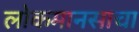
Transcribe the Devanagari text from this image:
लोकमानसाचा